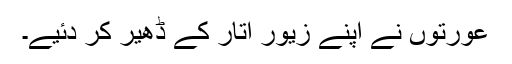
عورتوں نے اپنے زیور اتار کے ڈھیر کر دئیے۔